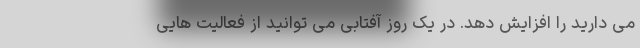
می دارید را افزایش دهد. در یک روز آفتابی می توانید از فعالیت هایی